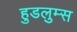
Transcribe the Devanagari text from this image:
हुडलुम्स